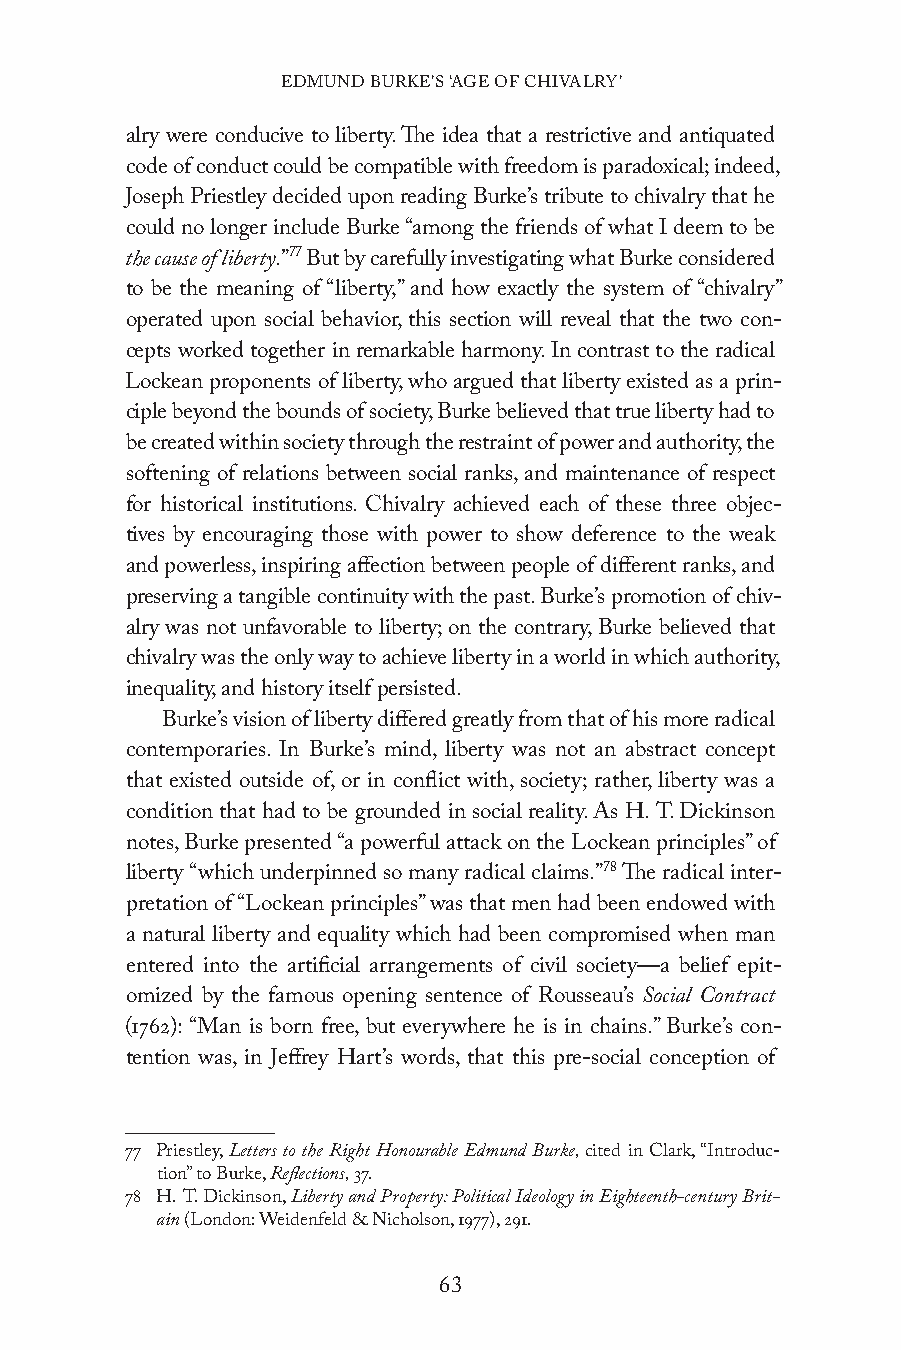
EDMUND BURKE’S ‘AGE OF CHIVALRY’
 alry were conducive to liberty. The idea that a restrictive and antiquated
 code of conduct could be compatible with freedom is paradoxical; indeed,
 Joseph Priestley decided upon reading Burke’s tribute to chivalry that he
 could no longer include Burke “among the friends of what I deem to be
 the cause of liberty.”77 But by carefully investigating what Burke considered
 to be the meaning of “liberty,” and how exactly the system of “chivalry”
 operated upon social behavior, this section will reveal that the two con-
 cepts worked together in remarkable harmony. In contrast to the radical
 Lockean proponents of liberty, who argued that liberty existed as a prin-
 ciple beyond the bounds of society, Burke believed that true liberty had to
 be created within society through the restraint of power and authority, the
 softening of relations between social ranks, and maintenance of respect
 for historical institutions. Chivalry achieved each of these three objec-
 tives by encouraging those with power to show deference to the weak
 and powerless, inspiring affection between people of different ranks, and
 preserving a tangible continuity with the past. Burke’s promotion of chiv-
 alry was not unfavorable to liberty; on the contrary, Burke believed that
 chivalry was the only way to achieve liberty in a world in which authority,
 inequality, and history itself persisted.
 Burke’s vision of liberty differed greatly from that of his more radical
 contemporaries. In Burke’s mind, liberty was not an abstract concept
 that existed outside of, or in conflict with, society; rather, liberty was a
 condition that had to be grounded in social reality. As H. T. Dickinson
 notes, Burke presented “a powerful attack on the Lockean principles” of
 liberty “which underpinned so many radical claims.”78 The radical inter-
 pretation of “Lockean principles” was that men had been endowed with
 a natural liberty and equality which had been compromised when man
 entered into the artificial arrangements of civil society—a belief epit-
 omized by the famous opening sentence of Rousseau’s Social Contract
 (1762): “Man is born free, but everywhere he is in chains.” Burke’s con-
 tention was, in Jeffrey Hart’s words, that this pre-social conception of
 77 Priestley, Letters to the Right Honourable Edmund Burke, cited in Clark, “Introduc-
 tion” to Burke, Reflections, 37.
 78 H. T. Dickinson, Liberty and Property: Political Ideology in Eighteenth-century Brit-
 ain (London: Weidenfeld & Nicholson, 1977), 291.
 63